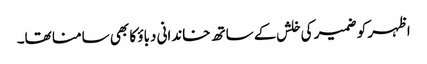
اظہر کو ضمیر کی خلش کے ساتھ خاندانی دباؤ کا بھی سامنا تھا۔